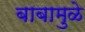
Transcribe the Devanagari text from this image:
बाबामुळे